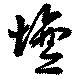
壇